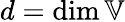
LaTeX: d=\dim\mathbb{V}